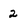
Character: 2